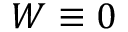
W \equiv 0